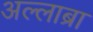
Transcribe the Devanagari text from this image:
अल्लाब्रा